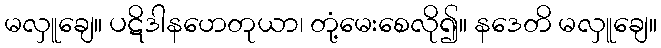
မလှူချေ။ ပဋိဒါနဟေတုယာ၊ တုံ့မေးစေလို၍။ နဒေတိ မလှူချေ။